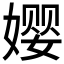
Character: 𫝭